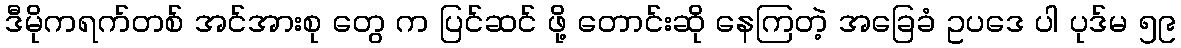
ဒီမိုကရက်တစ် အင်အားစု တွေ က ပြင်ဆင် ဖို့ တောင်းဆို နေကြတဲ့ အခြေခံ ဥပဒေ ပါ ပုဒ်မ ၅၉